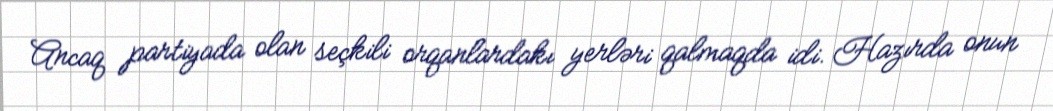
Ancaq partiyada olan seçkili orqanlardakı yerləri qalmaqda idi. Hazırda onun